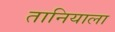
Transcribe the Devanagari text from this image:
तानियाला